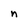
Character: n